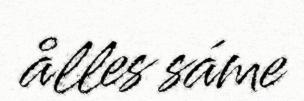
ålles sáme